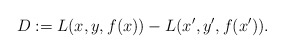
\begin{align*} D := L(x, y, f(x)) - L(x', y', f(x')).\end{align*}